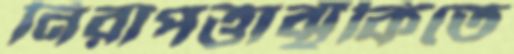
নিরাপত্তাঝুঁকিতে